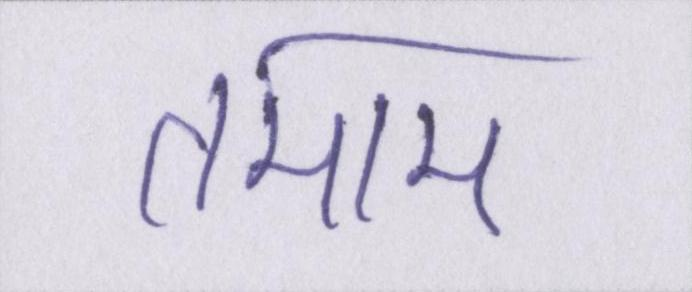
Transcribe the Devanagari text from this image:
तमाम